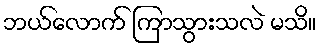
ဘယ်လောက် ကြာသွားသလဲ မသိ။